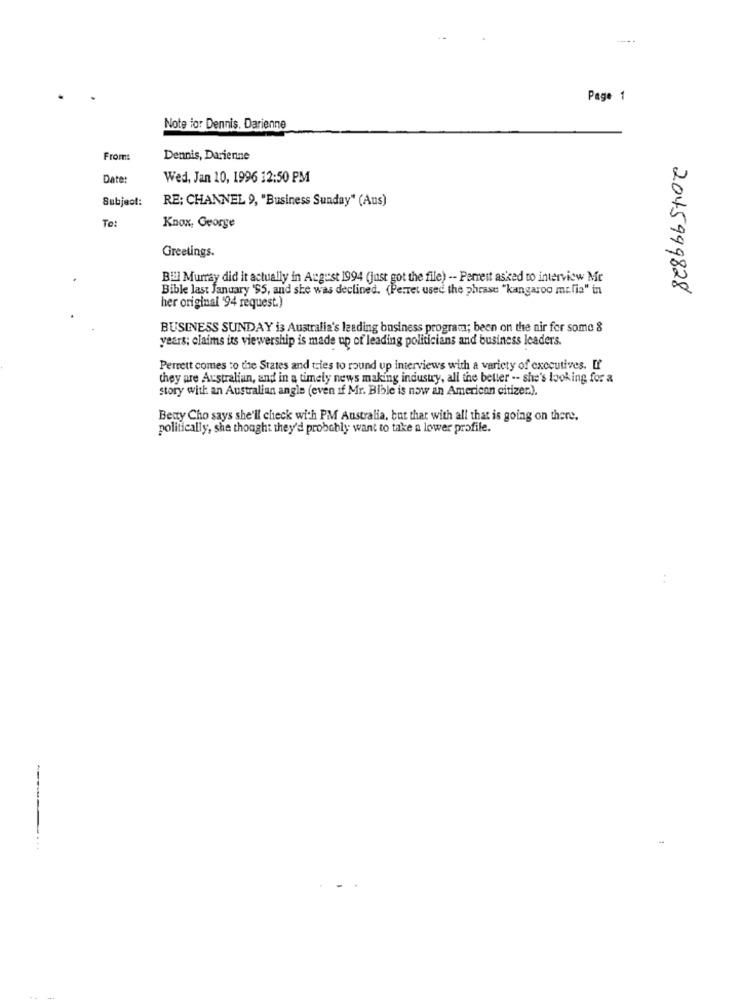
----
Page 1
Note ior Dennis. Darienne
From
Dennis, Darienne
Date:
Wed, Jan 10, 1996 12:50 PM
Subject:
RE: CHANNEL 9, "Business Sunday" (Aus)
To:
Knox, George
Greetings.
Bill Murray did it actually in August 1994 (just got the file) -- Perrett asked to interview Me
Bible last January 'S5, and she was declined. (Perret used the phrase "kangaroo mr.fia" in
2045999828
her original '94 request.)
BUSINESS SUNDAY is Australia's leading business programm; been on the air for some &
years; claims its viewership is made up of leading politicians and business leaders.
Perrett comes to the States and tries to round up interviews with a variety of executives. If
they are Australian, and in a timely news making industry, all the better -- she's looking for a
story with an Australian angle (even if Mr. Bible is now an American citizen).
Betty Cho says she'll check with PM Australia, but that with all that is going on there.
politically, she thought they'd probably want to take a lower profile.